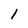
Character: 1